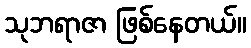
သုဘရာဇာ ဖြစ်နေတယ်။